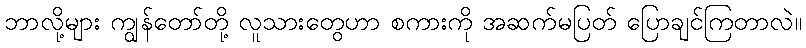
ဘာလို့များ ကျွန်တော်တို့ လူသားတွေဟာ စကားကို အဆက်မပြတ် ပြောချင်ကြတာလဲ။